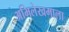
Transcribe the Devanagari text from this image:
अभिलेखमाला